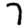
Digit: 7